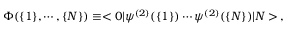
\Phi ( \{ 1 \} , \cdots , \{ N \} ) \equiv < 0 | \psi ^ { ( 2 ) } ( \{ 1 \} ) \cdots \psi ^ { ( 2 ) } ( \{ N \} ) | N > \, ,